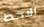
الاحظ